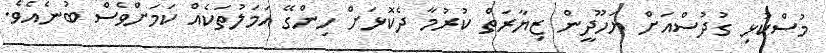
މުސްކުޅި ގުދުސްއަށް ޔަހޫދީން ޒިޔާރަތް ކުރުމާ ދެކޮޅަށް ހިންގޭ އަމަލުތަކެއް ކަމަށްވެސް ބުނެއެވެ.